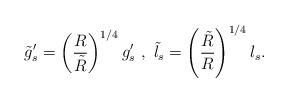
LaTeX: \begin{align*}\tilde{g}_s^{\prime} = \left( \frac{R}{\tilde{R}} \right)^{1/4} g_s^{\prime} \ , \ \tilde{l}_s = \left( \frac{ \tilde{R}}{R} \right)^{1/4} l_s .\end{align*}